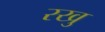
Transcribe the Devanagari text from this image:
रखु